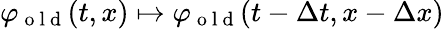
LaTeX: \varphi_{\mathrm{~o~l~d~}}(t,x)\mapsto\varphi_{\mathrm{~o~l~d~}}(t-\Delta t,x-\Delta x)